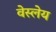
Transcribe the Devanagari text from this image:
वेस्लेय